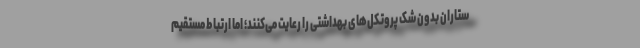
ستاران بدون شک پروتکل‌های بهداشتی را رعایت می‌کنند؛ اما ارتباط مستقیم